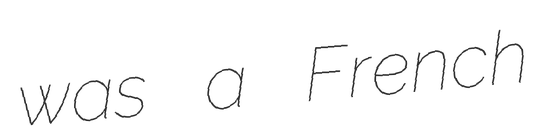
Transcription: was a French